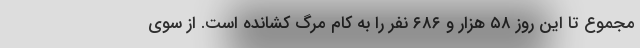
مجموع تا این روز ۵۸ هزار و ۶۸۶ نفر را به کام مرگ کشانده است. از سوی